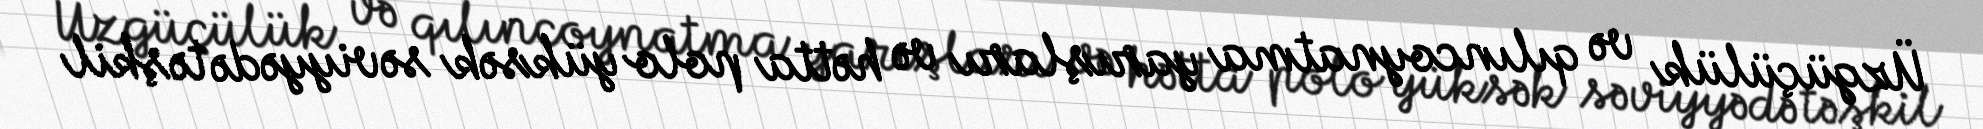
Üzgüçülük və qılıncoynatma yarışları və hətta polo yüksək səviyyədə təşkil